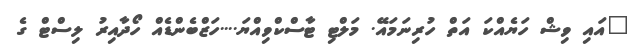
"އައި ވިޝް ހަޔެއްކަ އަތް ހުރިނަމައޭ. މަލްޓި ޓާސްކްވިއްޔަ....ހަޒްބެންޑެއް ހޯދާއިރު ލިސްޓް ގެ